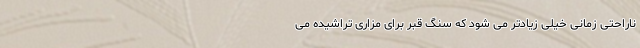
ناراحتی زمانی خیلی زیادتر می شود که سنگ قبر برای مزاری تراشیده می